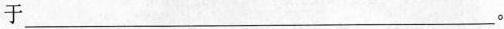
于___。